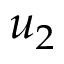
u _ { 2 }